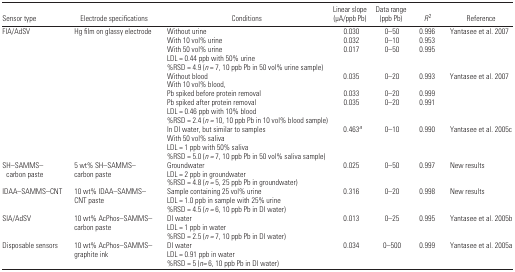
<table><thead><tr><td><b>Sensor type</b></td><td><b>Electrode specifications</b></td><td><b>Conditions</b></td><td><b>Linear slope (μA/ppb Pb)</b></td><td><b>Data range (ppb Pb)</b></td><td><b><i>R</i><sup>2</sup></b></td><td><b>Reference</b></td></tr></thead><tbody><tr><td>FIA/AdSV</td><td>Hg film on glassy electrode</td><td>Without urine</td><td>0.030</td><td>0–50</td><td>0.996</td><td>Yantasee et al. 2007</td></tr><tr><td></td><td></td><td>With 10 vol% urine</td><td>0.032</td><td>0–10</td><td>0.953</td><td></td></tr><tr><td></td><td></td><td>With 50 vol% urineLDL = 0.44 ppb with 50% urine%RSD = 4.9 (<i>n</i> = 7, 10 ppb Pb in 50 vol% urine sample)</td><td>0.017</td><td>0–50</td><td>0.995</td><td></td></tr><tr><td></td><td></td><td>Without bloodWith 10 vol% blood,</td><td>0.035</td><td>0–20</td><td>0.993</td><td>Yantasee et al. 2007</td></tr><tr><td></td><td></td><td>Pb spiked before protein removal</td><td>0.033</td><td>0–20</td><td>0.999</td><td></td></tr><tr><td></td><td></td><td>Pb spiked after protein removalLDL = 0.46 ppb with 10% blood%RSD = 2.4 (<i>n =</i> 10, 10 ppb Pb in 10 vol% blood sample)</td><td>0.035</td><td>0–20</td><td>0.991</td><td></td></tr><tr><td></td><td></td><td>In DI water, but similar to samplesWith 50 vol% salivaLDL = 1 ppb with 50% saliva%RSD = 5.0 (<i>n =</i> 7, 10 ppb Pb in 50 vol% saliva sample)</td><td>0.463a</td><td>0–10</td><td>0.990</td><td>Yantasee et al. 2005c</td></tr><tr><td>SH–SAMMS–carbon paste</td><td>5 wt% SH–SAMMS–carbon paste</td><td>GroundwaterLDL = 2 ppb in groundwater%RSD = 4.8 (<i>n =</i> 5, 25 ppb Pb in groundwater)</td><td>0.025</td><td>0–50</td><td>0.997</td><td>New results</td></tr><tr><td>IDAA–SAMMS–CNT</td><td>10 wt% IDAA–SAMMS–CNT paste</td><td>Sample containing 25 vol% urineLDL = 1.0 ppb in sample with 25% urine%RSD = 4.5 (<i>n =</i> 6, 10 ppb Pb in DI water)</td><td>0.316</td><td>0–20</td><td>0.998</td><td>New results</td></tr><tr><td>SIA/AdSV</td><td>10 wt% AcPhos–SAMMS–carbon paste</td><td>DI waterLDL = 1 ppb in water%RSD = 2.5 (<i>n =</i> 7, 10 ppb Pb in DI water)</td><td>0.013</td><td>0–25</td><td>0.995</td><td>Yantasee et al. 2005b</td></tr><tr><td>Disposable sensors</td><td>10 wt% AcPhos–SAMMS–graphite ink</td><td>DI waterLDL = 0.91 ppb in water%RSD = 5 (<i>n=</i> 6, 10 ppb Pb in DI water)</td><td>0.034</td><td>0–500</td><td>0.999</td><td>Yantasee et al. 2005a</td></tr></tbody></table>